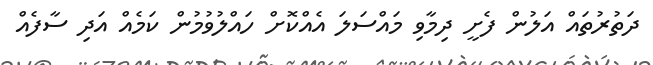
ދަތުރުތައް އަލުން ފެށީ ދިމާވި މައްސަލަ އެއްކޮށް ހައްލުވުމުން ކަމެއް އަދި ސާފެއް